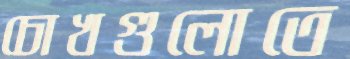
চোখগুলোতে